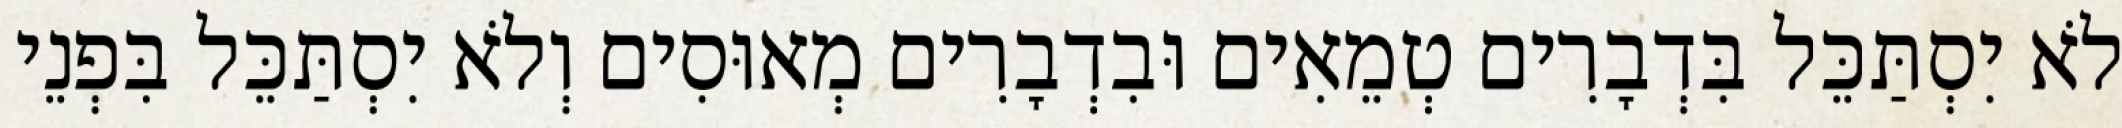
לֹא יִסְתַּכֵּל בִּדְבָרִים טְמֵאִים וּבִדְבָרִים מְאוּסִים וְלֹא יִסְתַּכֵּל בִּפְנֵי